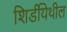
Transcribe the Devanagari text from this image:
शिर्डीयेथील